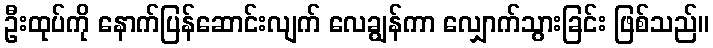
ဦးထုပ်ကို နောက်ပြန်ဆောင်းလျက် လေချွန်ကာ လျှောက်သွားခြင်း ဖြစ်သည်။